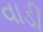
વાડી